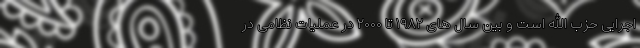
اجرایی حزب الله است و بین سال های ۱۹۸۲ تا ۲۰۰۰ در عملیات نظامی در